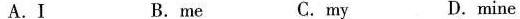
A.I B. me C.my D.mine